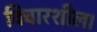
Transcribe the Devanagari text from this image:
विचारशील।